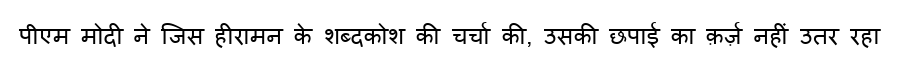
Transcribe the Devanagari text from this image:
पीएम मोदी ने जिस हीरामन के शब्दकोश की चर्चा की, उसकी छपाई का क़र्ज़ नहीं उतर रहा